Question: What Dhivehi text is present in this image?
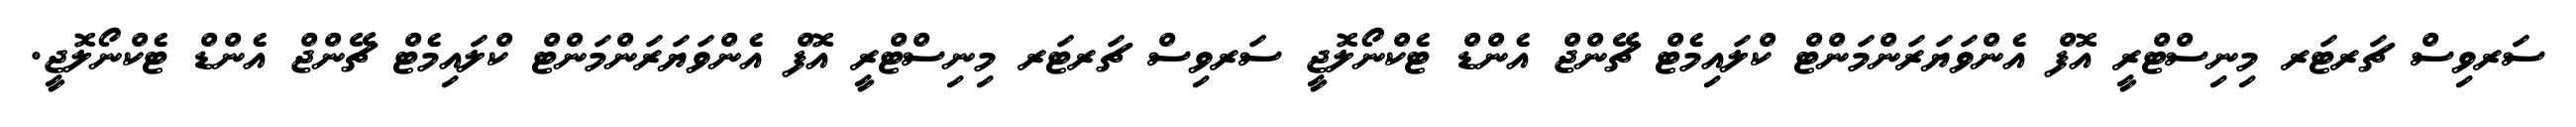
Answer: ސަރވިސް ޗަރޓަރ މިނިސްޓްރީ އޮފް އެންވަޔަރަންމަންޓް ކްލައިމެޓް ޗޭންޖް އެންޑް ޓެކްނޯލޮޖީ ސަރވިސް ޗަރޓަރ މިނިސްޓްރީ އޮފް އެންވަޔަރަންމަންޓް ކްލައިމެޓް ޗޭންޖް އެންޑް ޓެކްނޯލޮޖީ.